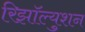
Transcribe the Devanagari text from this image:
रिझॉल्युशन